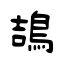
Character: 鴶